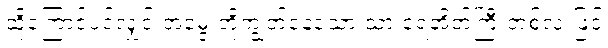
ထို့ကြောင့်ပင်လျှင် အမွေးတို့ကျွတ်နေသော သားရေအိတ်ကြီးတစ်လုံးဖြင့်